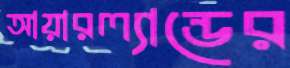
আয়ারল্যান্ডের